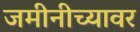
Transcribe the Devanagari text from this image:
जमीनीच्यावर